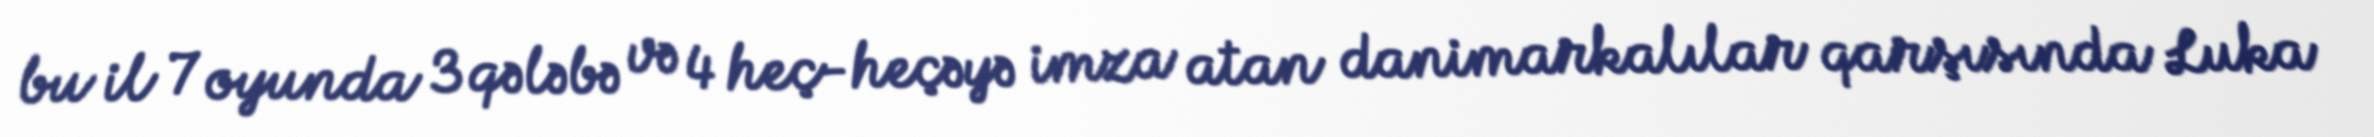
bu il 7 oyunda 3 qələbə və 4 heç-heçəyə imza atan danimarkalılar qarşısında Luka